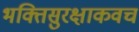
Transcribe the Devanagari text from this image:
भक्तिसुरक्षाकवच